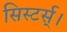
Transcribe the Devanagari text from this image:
सिस्टर्स्।